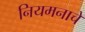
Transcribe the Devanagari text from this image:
नियमनाचे